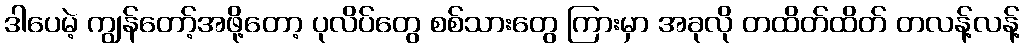
ဒါပေမဲ့ ကျွန်တော့်အဖို့တော့ ပုလိပ်တွေ စစ်သားတွေ ကြားမှာ အခုလို တထိတ်ထိတ် တလန့်လန့်